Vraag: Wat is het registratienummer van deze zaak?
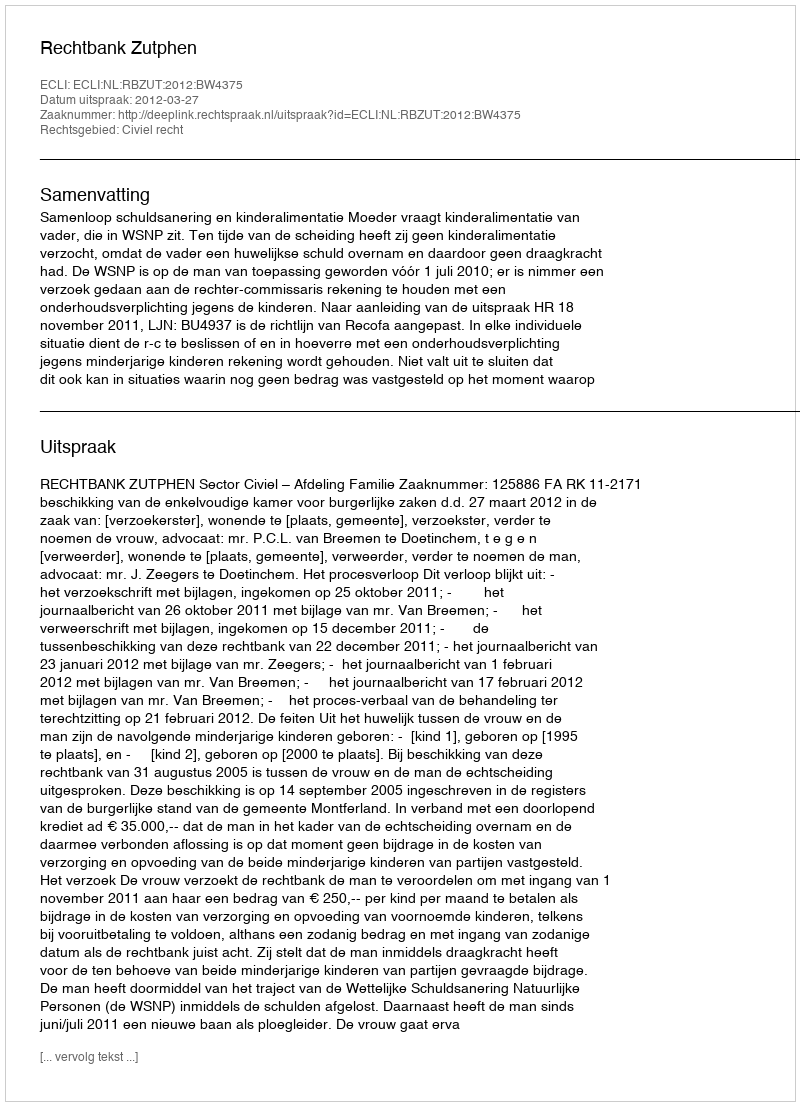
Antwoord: http://deeplink.rechtspraak.nl/uitspraak?id=ECLI:NL:RBZUT:2012:BW4375